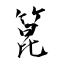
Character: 笓